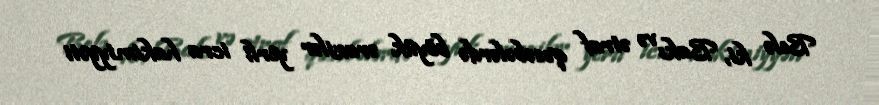
Belə ki, Bakı və ətraf qəsəbələrdə böyük ərazilər yerli icra hakimiyyəti